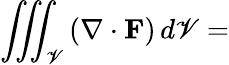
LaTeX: \iiint_{\mathscr{V}}\left(\mathbf{{\nabla}}\cdot\mathbf{{F}}\right)\, d\mathscr{V}=